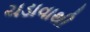
ચડાવાથી